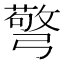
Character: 𢐧